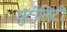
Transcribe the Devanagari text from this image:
युटीलिटी